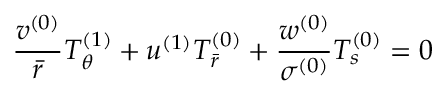
\frac { v ^ { ( 0 ) } } { \bar { r } } T _ { \theta } ^ { ( 1 ) } + u ^ { ( 1 ) } T _ { \bar { r } } ^ { ( 0 ) } + \frac { w ^ { ( 0 ) } } { \sigma ^ { ( 0 ) } } T _ { s } ^ { ( 0 ) } = 0